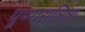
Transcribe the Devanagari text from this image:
पुण्यसलिला